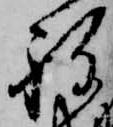
ね